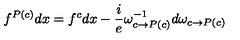
f ^ { P ( c ) } d x = f ^ { c } d x - \frac { i } { e } \omega _ { c \rightarrow P ( c ) } ^ { - 1 } d \omega _ { c \rightarrow P ( c ) }